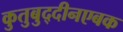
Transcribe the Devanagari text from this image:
कुतुबुद्दीनएबक